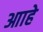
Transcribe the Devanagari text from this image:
आाहे